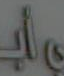
do